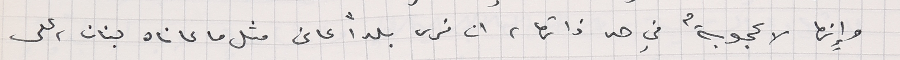
وإنها لاعجوبةٌ في حد ذاتها، ان نرى بلداً عانى مثل ما عاناه لبنان، على